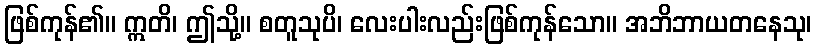
ဖြစ်ကုန်၏။ ဣတိ၊ ဤသို့။ စတူသုပိ၊ လေးပါးလည်းဖြစ်ကုန်သော။ အဘိဘာယတနေသု၊